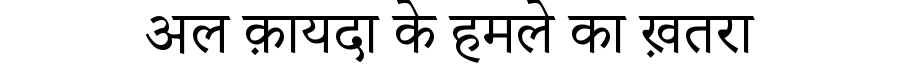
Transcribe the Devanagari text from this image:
अल क़ायदा के हमले का ख़तरा